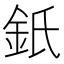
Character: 𨥌